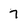
Character: 7